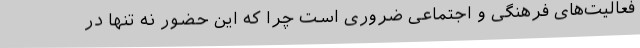
فعالیت‌های فرهنگی و اجتماعی ضروری است چرا که این حضور نه تنها در